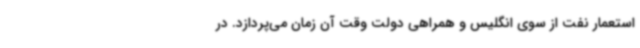
استعمار نفت از سوی انگلیس و همراهی دولت وقت آن زمان می‌پردازد. در